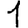
Digit: 1